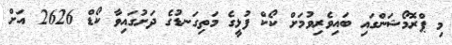
މި ޕްރޮމޯޝަންގައި ބައިވެރިވުމަށް ކޯކް ފުޅީގެ މަތިގަނޑުގެ ދަށުގައިވާ ކޯޑް 2626 އަށް